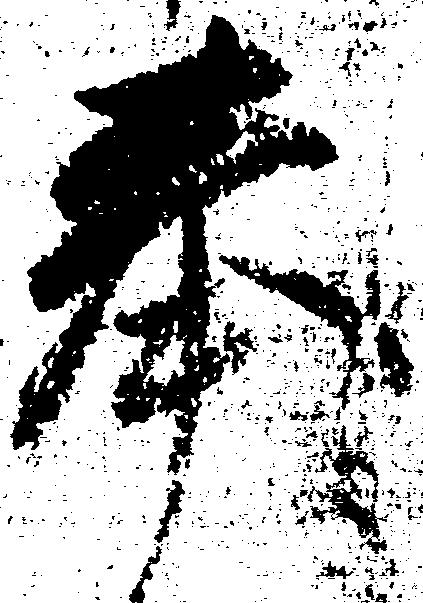
奉